Report on vaccination in Madras 1895-1903 - 1895-1903
Year: 1895
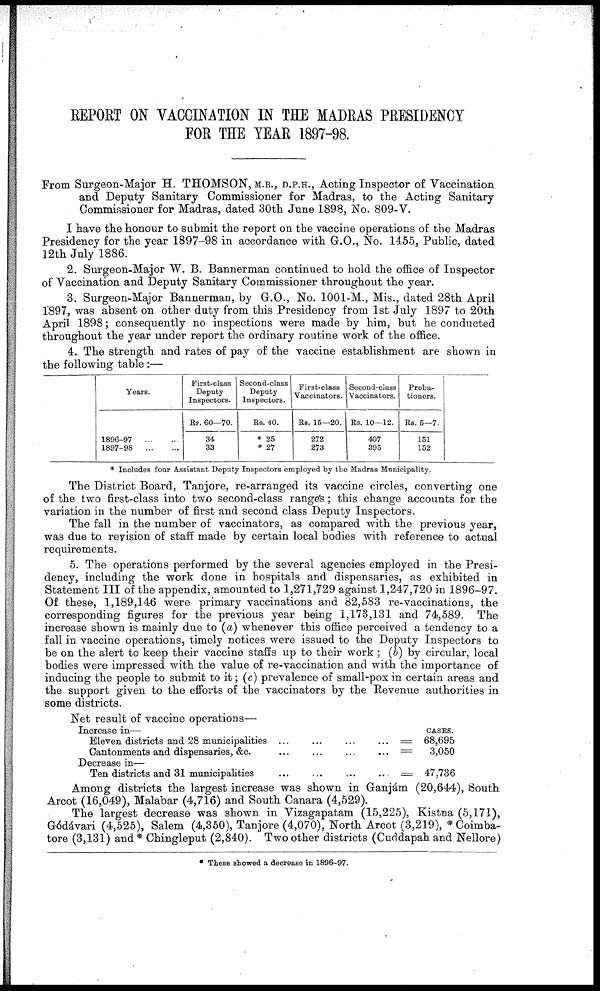
REPORT ON VACCINATION IN THE MADRAS PRESIDENCY
FOR THE YEAR 1897-98.
From Surgeon-Major H. THOMSON, M.B., D.P.H., Acting Inspector of Vaccination
and Deputy Sanitary Commissioner for Madras, to the Acting Sanitary
Commissioner for Madras, dated 30th June 1898, No. 809-V.
I have the honour to submit the report on the vaccine operations of the Madras
Presidency for the year 1897-98 in accordance with G.O., No. 1455, Public, dated
12th July 1886.
2. Surgeon-Major W. B. Bannerman continued to hold the office of Inspector
of Vaccination and Deputy Sanitary Commissioner throughout the year.
3. Surgeon-Major Bannerman, by G.O., No. 1001-M., Mis., dated 28th April
1897, was absent on other duty from this Presidency from 1st July 1897 to 20th
April 1898; consequently no inspections were made by him, but he conducted
throughout the year under report the ordinary routine work of the office.
4. The strength and rates of pay of the vaccine establishment are shown in
the following table:—
Years.
1896-97
...
...
1897-98
...
...
First-class
Deputy
Inspectors.
Rs. 60—70.
34
33
Second-class
Deputy
Inspectors.
Rs. 40.
* 25
* 27
First-class
Vaccinators.
Rs. 15—20.
272
273
Second-class
Vaccinators.
Rs. 10—12.
407
395
Proba-
tioners.
Rs. 5—7.
151
152
* Includes four Assistant Deputy Inspectors employed by the Madras Municipality.
The District Board, Tanjore, re-arranged its vaccine circles, converting one
of the two first-class into two second-class ranges; this change accounts for the
variation in the number of first and second class Deputy Inspectors.
The fall in the number of vaccinators, as compared with the previous year,
was due to revision of staff made by certain local bodies with reference to actual
requirements.
5. The operations performed by the several agencies employed in the Presi-
dency, including the work done in hospitals and dispensaries, as exhibited in
Statement III of the appendix, amounted to 1,271,729 against 1,247,720 in 1896-97.
Of these, 1,189,146 were primary vaccinations and 82,583 re-vaccinations, the
corresponding figures for the previous year being 1,173,131 and 74,589. The
increase shown is mainly due to (a) whenever this office perceived a tendency to a
fall in vaccine operations, timely notices were issued to the Deputy Inspectors to
be on the alert to keep their vaccine staffs up to their work; (b) by circular, local
bodies were impressed with the value of re-vaccination and with the importance of
inducing the people to submit to it; (c) prevalence of small-pox in certain areas and
the support given to the efforts of the vaccinators by the Revenue authorities in
some districts.
Net result of vaccine operations—
Increase in—
Eleven districts and 28 municipalities
...
...
...
...
...=
Cantonments and dispensaries, &c.
...
...
...
...
...=
Decrease in—
Ten districts and 31 municipalities
...
...
...
...
...=
CASES.
68,695
3,050
47,736
Among districts the largest increase was shown in Ganjám (20,644), South
Arcot (16,049), Malabar (4,716) and South Canara (4,529).
The largest decrease was shown in Vizagapatam (15,225), Kistna (5,171),
Gódávari (4,525), Salem (4,350), Tanjore (4,070), North Arcot (3,219), * Coimba-
tore (3,131) and* Chingleput (2,840). Two other districts (Cuddapah and Nellore)
* These showed a decrease in 1896-97.